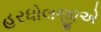
હરધોલજીએ